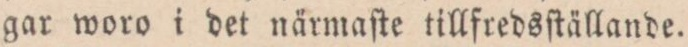
gar woro i det närmaſte tillfredsftällande.